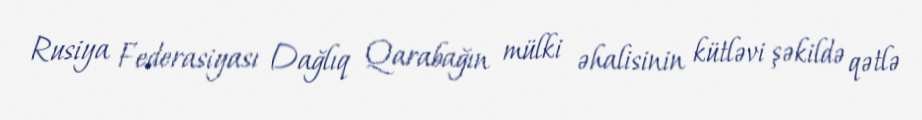
Rusiya Federasiyası Dağlıq Qarabağın mülki əhalisinin kütləvi şəkildə qətlə